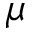
\mu